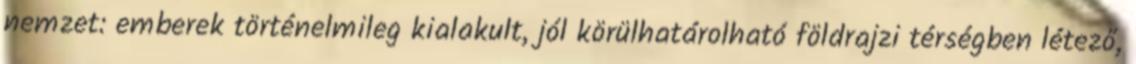
nemzet: emberek történelmileg kialakult, jól körülhatárolható földrajzi térségben létező,